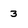
Character: 3